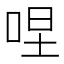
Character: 㖏